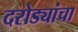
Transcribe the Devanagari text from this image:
दरोड्यांचा